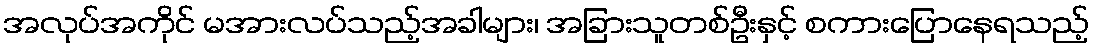
အလုပ်အကိုင် မအားလပ်သည့်အခါများ၊ အခြားသူတစ်ဦးနှင့် စကားပြောနေရသည့်